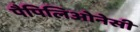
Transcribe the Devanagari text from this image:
पैपिलिओनेसी